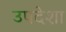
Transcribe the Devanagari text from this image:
उपदेशा